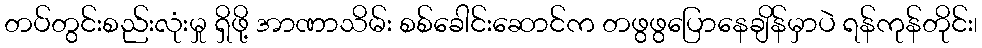
တပ်တွင်းစည်းလုံးမှု ရှိဖို့ အာဏာသိမ်း စစ်ခေါင်းဆောင်က တဖွဖွပြောနေချိန်မှာပဲ ရန်ကုန်တိုင်း၊